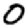
Digit: 0